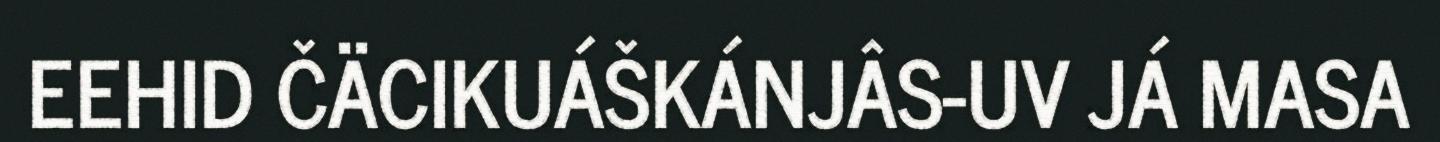
EEHID ČÄCIKUÁŠKÁNJÂS-UV JÁ MASA